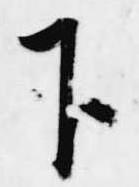
下